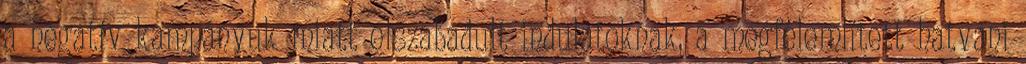
a negatív kampányuk miatt elszabadult indulatoknak, a megfélemlített hatvani